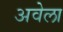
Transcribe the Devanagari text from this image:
अवेला